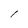
Character: 1